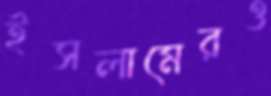
ইসলামেরও